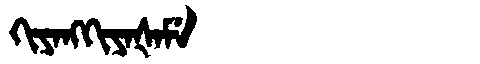
Manchu: ᡴᡳᠶᠠᠩᡴᡳᠶᠠᡧᠠᠮᡝ
Romanization: KIYANGKIYAŠAME